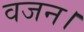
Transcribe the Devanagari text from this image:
वजन।